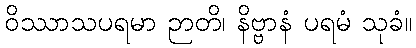
ဝိဿာသပရမာ ဉာတိ၊ နိဗ္ဗာနံ ပရမံ သုခံ။